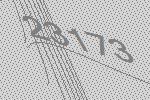
23173